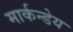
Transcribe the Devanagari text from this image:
मार्कन्डेय